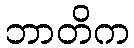
ဘာတိက